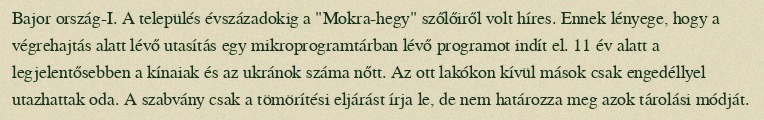
Bajor ország-I. A település évszázadokig a "Mokra-hegy" szőlőiről volt híres. Ennek lényege, hogy a végrehajtás alatt lévő utasítás egy mikroprogramtárban lévő programot indít el. 11 év alatt a legjelentősebben a kínaiak és az ukránok száma nőtt. Az ott lakókon kívül mások csak engedéllyel utazhattak oda. A szabvány csak a tömörítési eljárást írja le, de nem határozza meg azok tárolási módját.